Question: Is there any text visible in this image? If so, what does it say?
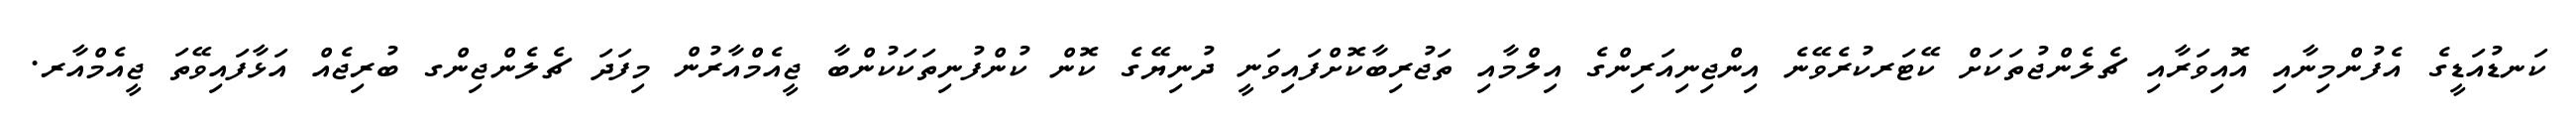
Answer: ކަނޑުއަޑީގެ އެފުންމިނާއި އޮއިވަރާއި ޗެލެންޖުތަކަށް ކޭޓަރކުރެވޭނެ އިންޖިނިއަރިންގެ އިލްމާއި ތަޖުރިބާކޮށްފައިވަނީ ދުނިޔޭގެ ކޮން ކުންފުނިތަކަކުންބާ ޖީއެމްއާރުން މިފަދަ ޗެލެންޖިންގ ބުރިޖެއް އަޅާފައިވޭތަ ޖީއެމްއާރ.